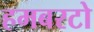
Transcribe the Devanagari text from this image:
हमबरटो